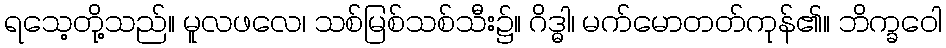
ရသေ့တို့သည်။ မူလဖလေ၊ သစ်မြစ်သစ်သီး၌။ ဂိဒ္ဓါ၊ မက်မောတတ်ကုန်၏။ ဘိက္ခဝေါ